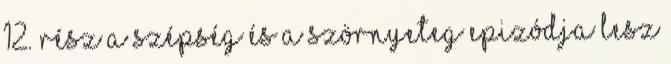
12. rész a Szépség és a szörnyeteg epizódja lesz